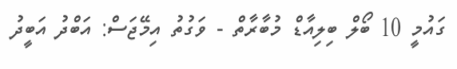
ގައުމީ 10 ބޯލް ބިލިއާޑް މުބާރާތް - ވަގުތު އިމޭޖަސް: އަބްދު އަބީދު